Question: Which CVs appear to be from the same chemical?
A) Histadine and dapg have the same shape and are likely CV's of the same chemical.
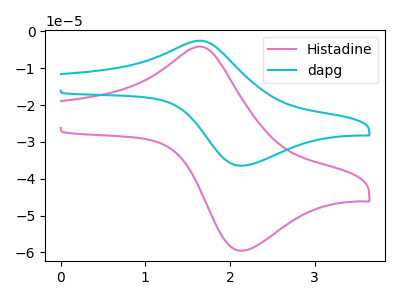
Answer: <think>The pink curve "Histadine" has an anodic peak at (1.65V, -4.10uA) and a cathodic peak at (2.15V, -59.55uA). The cyan curve "dapg" has an anodic peak at (1.65V, -2.50uA) and a cathodic peak at (2.15V, -36.45uA).
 All the peaks in "Histadine" have a peak in "dapg" at the same potential.</think>
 <answer>A) "Histadine" and "dapg" have the same shape and are likely CV's of the same chemical.</answer>
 <eval>A</eval>